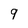
Character: 9